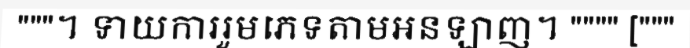
"""។ ទាយការរួមភេទតាមអនឡាញ។ """" ["""